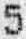
5